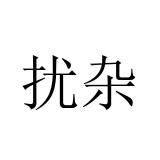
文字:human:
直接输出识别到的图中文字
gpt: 扰杂